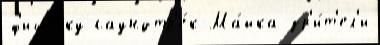
ф'ишечку саундтр'е́к Ма́йка зр'и́т'ел'и